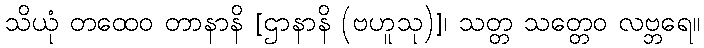
သိယုံ တထေဝ တာနာနိ [ဌာနာနိ (ဗဟူသု)]၊ သတ္တ သတ္တေဝ လဗ္ဘရေ။